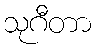
သုဂီတာ